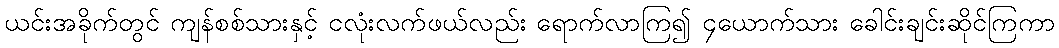
ယင်းအခိုက်တွင် ကျန်စစ်သားနှင့် ငလုံးလက်ဖယ်လည်း ရောက်လာကြ၍ ၄ယောက်သား ခေါင်းချင်းဆိုင်ကြကာ